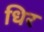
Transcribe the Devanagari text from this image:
धिर